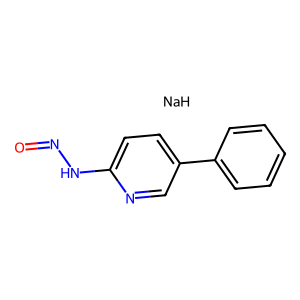
SMILES: O=NNc1ccc(-c2ccccc2)cn1.[NaH]
Inhibits HIV replication: No